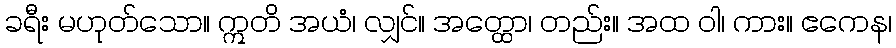
ခရီး မဟုတ်သော။ ဣတိ အယံ၊ လျှင်။ အတ္ထော၊ တည်း။ အထ ဝါ၊ ကား။ ဧကေန၊